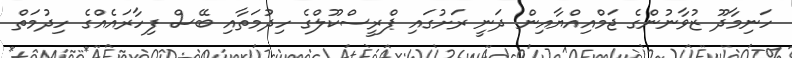
ހަނިމާދޫ ޒުވާނުންގެ ޖަމްއިއްޔާއިން ދަނީ ރަށުގައި ޕްރީސްކޫލްގެ ހިދުމަތާއި ބޭސް ފިހާރައެއްގެ ހިދުމަތް